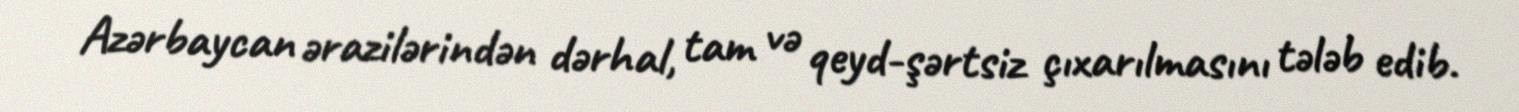
Azərbaycan ərazilərindən dərhal, tam və qeyd-şərtsiz çıxarılmasını tələb edib.